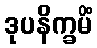
ဒုပနိက္ခမိံ